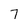
Character: 7